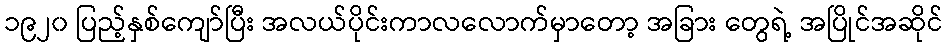
၁၉၂၀ ပြည့်နှစ်ကျော်ပြီး အလယ်ပိုင်းကာလလောက်မှာတော့ အခြား တွေရဲ့ အပြိုင်အဆိုင်